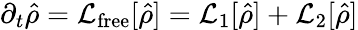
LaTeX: \partial_{t}\hat{\rho}=\mathcal{L}_{\mathrm{free}}[\hat{\rho}]=\mathcal{L}_{1}[\hat{\rho}]+\mathcal{L}_{2}[\hat{\rho}]